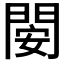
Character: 𨴣